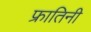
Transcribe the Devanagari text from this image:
फ्रातिनी